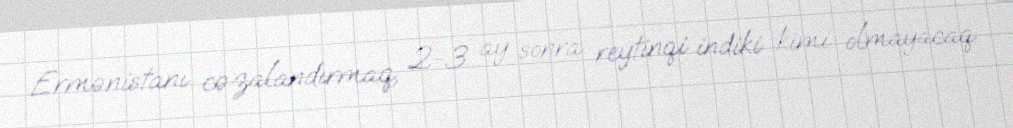
Ermənistanı cəzalandırmaq, 2-3 ay sonra reytinqi indiki kimi olmayacaq